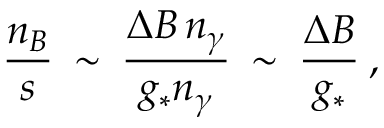
\frac { n _ { B } } { s } \: \sim \: \frac { \Delta B \, n _ { \gamma } } { g _ { * } n _ { \gamma } } \: \sim \: \frac { \Delta B } { g _ { * } } \: ,